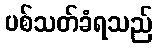
ပစ်သတ်ခံရသည်